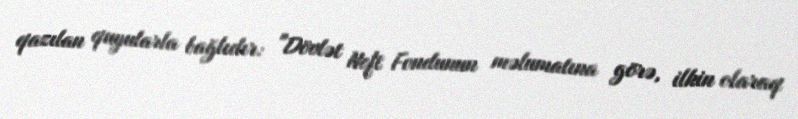
qazılan quyularla bağlıdır: "Dövlət Neft Fondunun məlumatına görə, ilkin olaraq